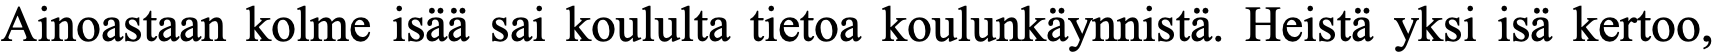
Ainoastaan kolme isää sai koululta tietoa koulunkäynnistä. Heistä yksi isä kertoo,